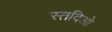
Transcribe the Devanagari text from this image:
स्तदिओ